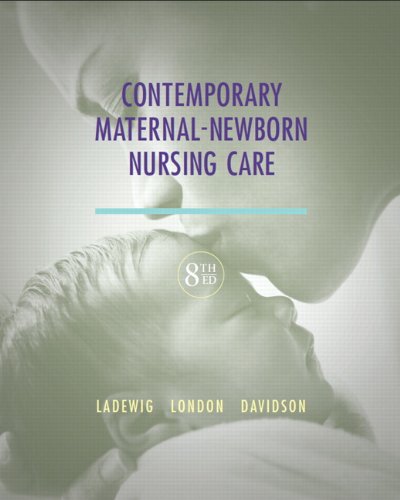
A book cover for Contemporary Maternal-Newborn Nursing (8th Edition) (Maternal Newborn Nursing Care: Nurse, Family, Community); Patricia W. Ladewig; Parenting & Relationships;